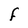
Character: F